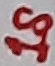
Text: 18